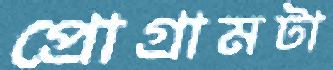
প্রোগ্রামটা